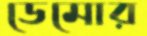
ডেমোর